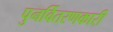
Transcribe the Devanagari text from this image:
पुनर्वितरणकारी